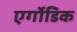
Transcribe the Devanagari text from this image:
एर्गोडिक